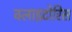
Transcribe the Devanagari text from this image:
क्लाइटोरिस